Riigikantselei, lk 48
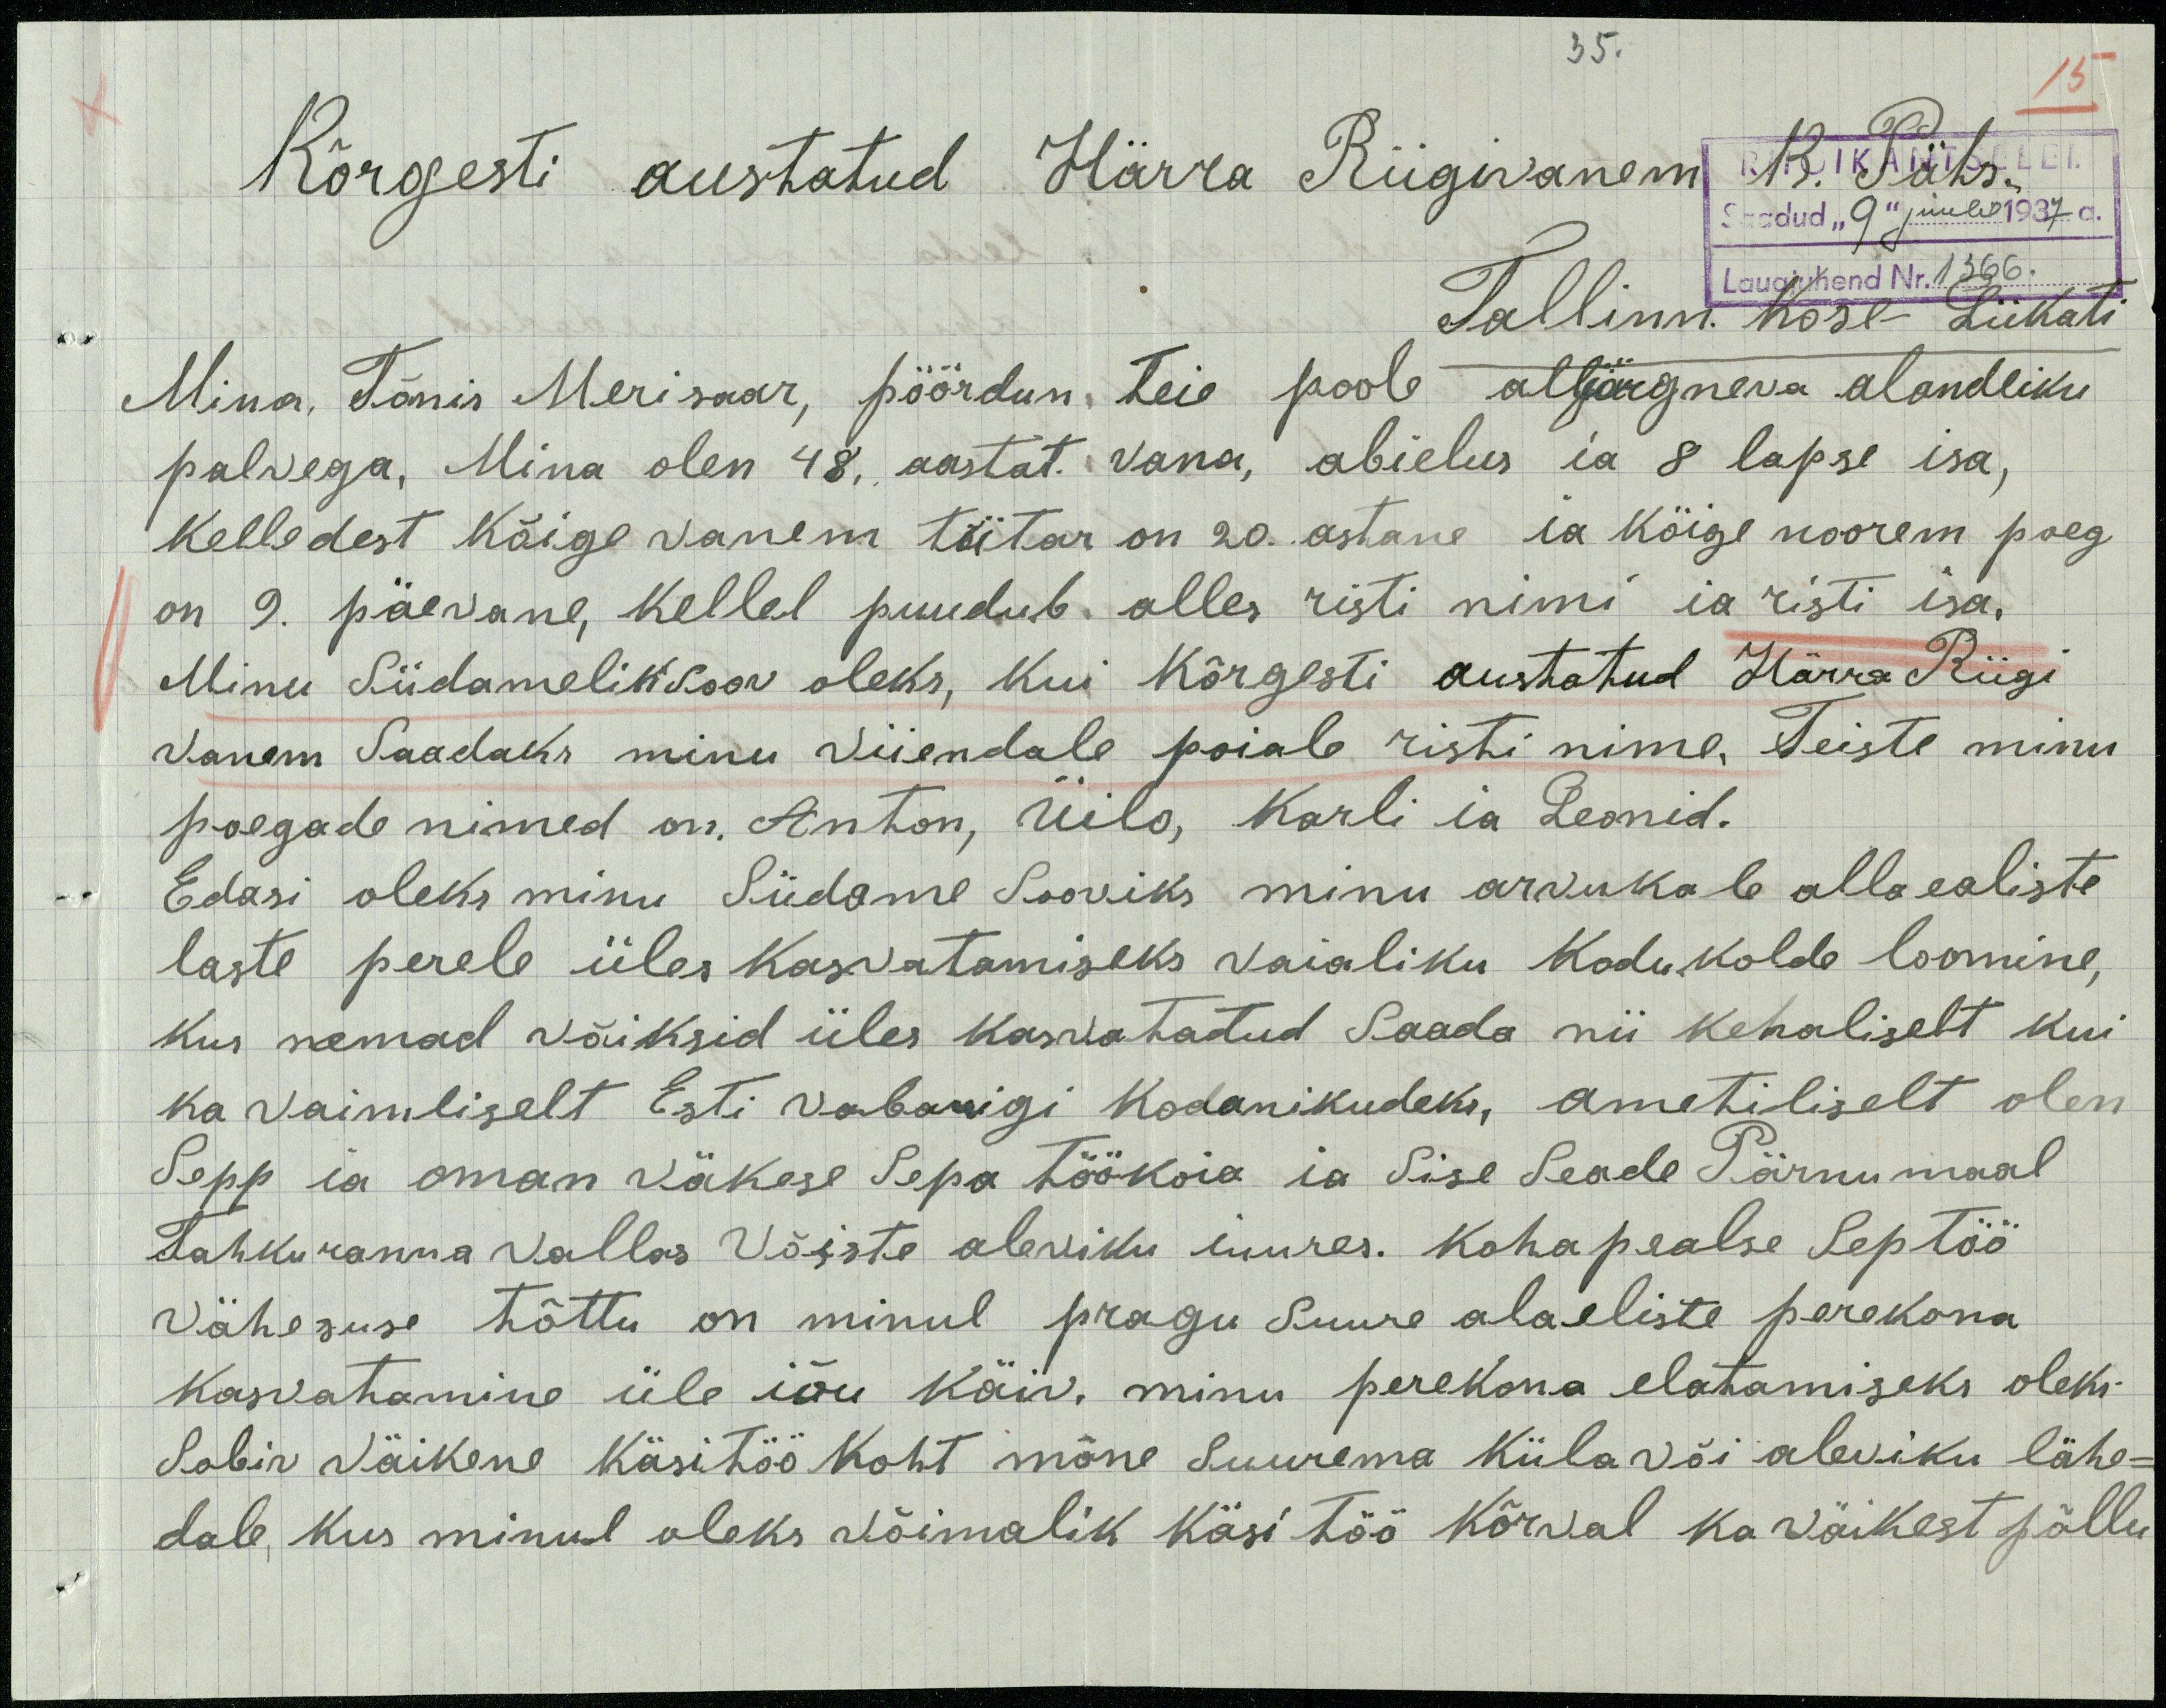
Kõrgesti austatud Härra Riigivanem K. Päts.
Saadud "9" juulil 1937 a.
Tallinn. Kose- Lükati
Mina, Tõnis Merisaar, pöördun, Teie poole alljärgneva alandliku
palvega, Mina olen 48, aastat. vana, abielus ia 8 lapse isa,
kelleldest kõige vanem tütar on 20. astane ia kõige noorem poeg
on 9. päevane, kellel puudub alles risti nimi ia risti isa,
Minu Südameliksoov oleks, kui Kõrgesti austatud Härra Riigi
Vanem Saadaks minu viiendale poiale risti nime, Teiste minu
poegade nimed on. Anton, Üilo, Karli ia Leonid.
Edasi oleks minu Südame Sooviks minus arvukale alla ealiste
laste perele üles Kasvatamiseks vaialiku kodukolde loomine,
kus nemad võiksid üles kasvatatud Saada nii kehaliselt kui
ka vaimliselt Esti vabarigi Kodanikudeks, ametiliselt olen
Sepp ia oman väkese Sepa töökoia ia Sise Seade Pärnumaal
Tahkuranna vallas Võiste aleviku juures. Kohapealse Septöö
Vähesuse tõttu on minul pragu Suure alaeliste perekona
kasvatamine üle iõu käiv, minu perekona elatamiseks oleks
Sobiv väikene käsitöö Koht mõne Suurema küla või aleviku lähe-
dale kus minul oleks võimalik käsi töö kõrval ka väikest põllu